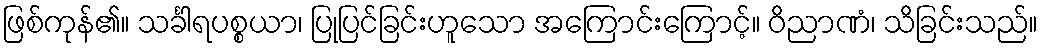
ဖြစ်ကုန်၏။ သင်္ခါရပစ္စယာ၊ ပြုပြင်ခြင်းဟူသော အကြောင်းကြောင့်။ ဝိညာဏံ၊ သိခြင်းသည်။